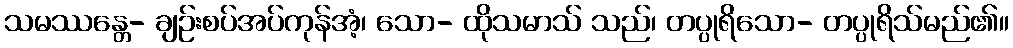
သမဿန္တေ- ချဉ်းစပ်အပ်ကုန်အံ့၊ သော- ထိုသမာသ် သည်၊ တပ္ပုရိသော- တပ္ပုရိသ်မည်၏။